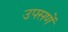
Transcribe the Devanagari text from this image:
उपसणें